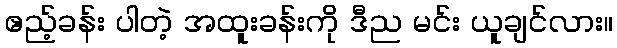
ဧည့်ခန်း ပါတဲ့ အထူးခန်းကို ဒီည မင်း ယူချင်လား။